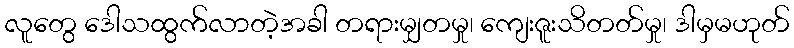
လူတွေ ဒေါသထွက်လာတဲ့အခါ တရားမျှတမှု၊ ကျေးဇူးသိတတ်မှု၊ ဒါမှမဟုတ်